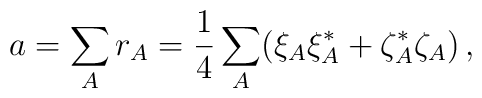
a=\sum_A r_A= {1\over 4}\sum_A (\xi_A\xi_A^*+\zeta_A^* \zeta_A) \, ,